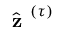
\hat { \textbf { z } } ^ { ( \tau ) }